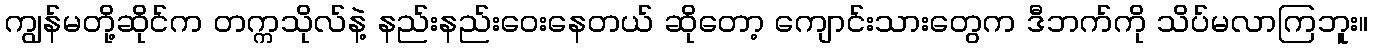
ကျွန်မတို့ဆိုင်က တက္ကသိုလ်နဲ့ နည်းနည်းဝေးနေတယ် ဆိုတော့ ကျောင်းသားတွေက ဒီဘက်ကို သိပ်မလာကြဘူး။